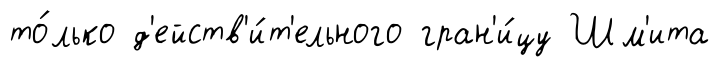
то́лько д'ейств'и́т'ельного гран'и́цу Шм'ита